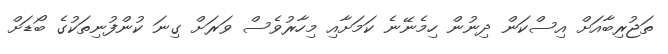
ތަޖުރިބާއަށް އިސްކަން ދިނުން ހިމެނޭނެ ކަމަށާއި މިހާރުވެސް ވަރަށް ގިނަ ކުންފުނިތަކުގެ ބޯޑަށް